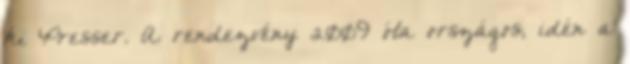
ki Presser. A rendezvény 2009 óta országos, idén a